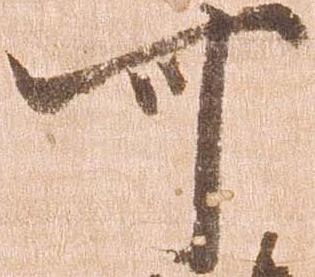
可